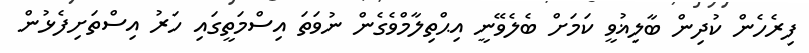
ފިރެހެން ކުދިން ބާލިޣުވީ ކަމަށް ބެލެވޭނީ އިޙްތިލާމްވެގެން ނުވަތަ އިސްމަތީގައި ހަރު އިސްތަށިފެޅުން